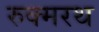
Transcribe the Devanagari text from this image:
रुक्मरथ